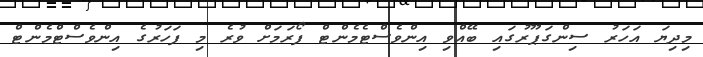
މިދިޔަ އަހަރު ސިންގަޕޫރުގައި ބޭއްވި އިންވެސްޓެމެންޓް ފޯރަމަށް ވުރެ މި ފަހަރުގެ އިންވެސްޓްމެންޓް